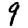
Digit: 9